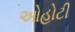
ઓહોટી